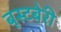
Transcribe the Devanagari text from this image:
बूस्टबेरी